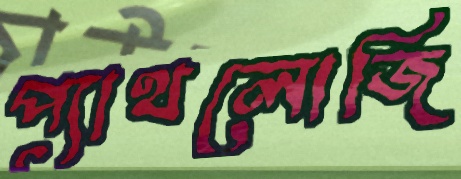
প্যাথলোজি